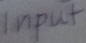
Text: Input